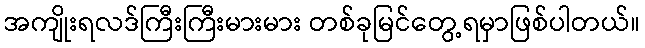
အကျိုးရလဒ်ကြီးကြီးမားမား တစ်ခုမြင်တွေ့ရမှာဖြစ်ပါတယ်။